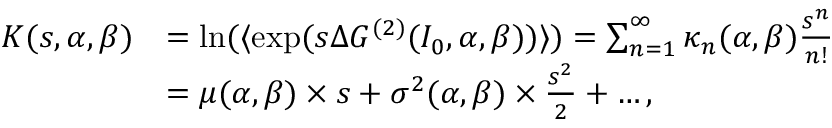
\begin{array} { r l } { K ( s , \alpha , \beta ) } & { = \ln ( \langle \exp ( s \Delta G ^ { ( 2 ) } ( I _ { 0 } , \alpha , \beta ) ) \rangle ) = \sum _ { n = 1 } ^ { \infty } { \kappa _ { n } ( \alpha , \beta ) \frac { s ^ { n } } { n ! } } } \\ & { = \mu ( \alpha , \beta ) \times s + \sigma ^ { 2 } ( \alpha , \beta ) \times \frac { s ^ { 2 } } { 2 } + \dots , } \end{array}